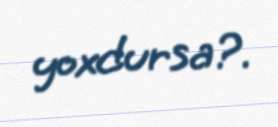
yoxdursa?.